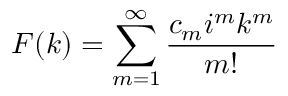
F ( k ) = \sum _ { m = 1 } ^ { \infty } \frac { c _ { m } i ^ { m } k ^ { m } } { m ! }